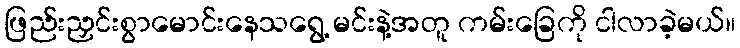
ဖြည်းညှင်းစွာမောင်းနေသရွေ့ မင်းနဲ့အတူ ကမ်းခြေကို ငါလာခဲ့မယ်။